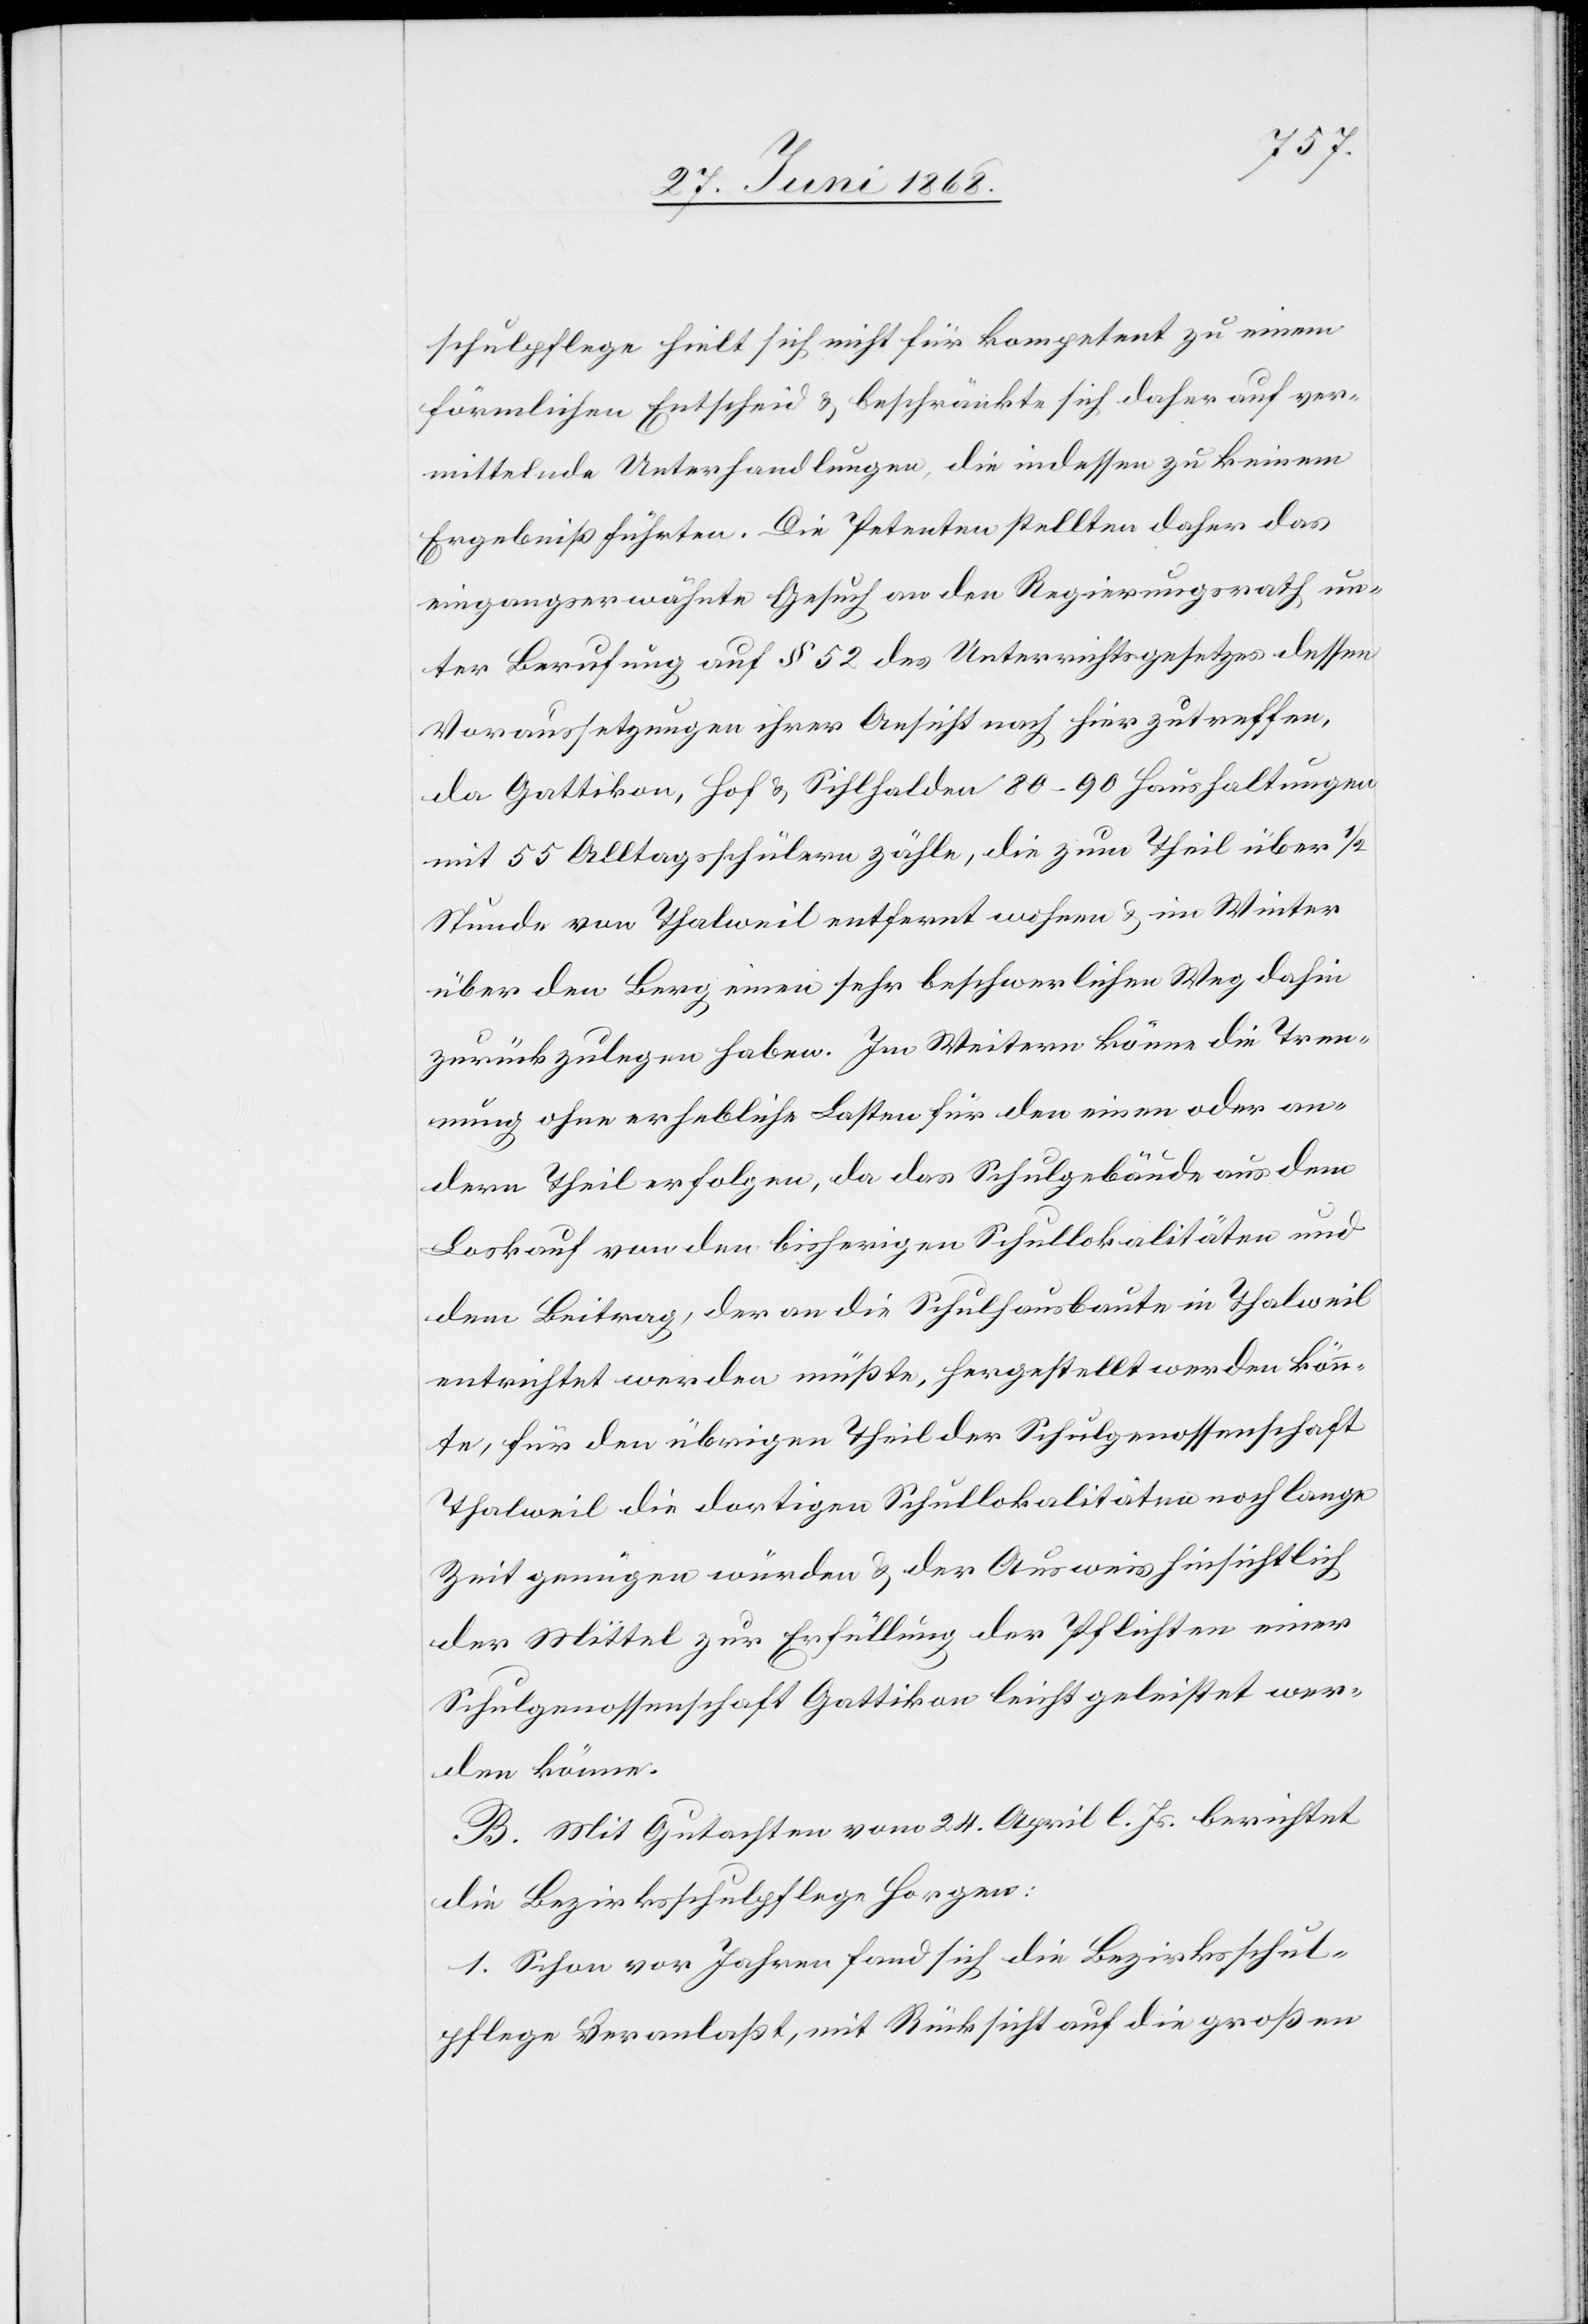
schulpflege hielt sich nicht für kompetent zu einem
förmlichen Entscheid & beschränkte sich daher auf ver¬
mittelnde Unterhandlungen, die indessen zu keinem
Ergebniß führten. Die Petenten stellten daher das
eingangserwähnte Gesuch an den Regierungsrath un¬
ter Berufung auf § 52 des Unterrichtsgesetzes dessen
Voraussetzungen ihrer Ansicht nach hier zutreffen,
da Gattikon, Hof & Sihlhalden 80–90 Haushaltungen
mit 55 Alltagsschülern zähle, die zum Theil über 1/2
Stunde von Thalweil entfernt wohnen & im Winter
über den Berg einen sehr beschwerlichen Weg dahin
zurückzulegen haben. Im Weitern könne die Tren¬
nung ohne erhebliche Lasten für den einen oder an¬
dern Theil erfolgen, da das Schulgebäude aus dem
Loskauf von den bisherigen Schullokalitäten und
dem Beitrag, der an die Schulhausbaute in Thalweil
entrichtet werden müßte, hergestellt werden könn¬
te, für den übrigen Theil der Schulgenossenschaft
Thalweil die dortigen Schullokalitäten noch lange
Zeit genügen würden & der Ausweis hinsichtlich
der Mittel zur Erfüllung der Pflichten einer
Schulgenossenschaft Gattikon leicht geleistet wer¬
den könne.
B. Mit Gutachten vom 24. April l. Js. berichtet
die Bezirksschulpflege Horgen:
1. Schon vor Jahren fand sich die Bezirksschul¬
pflege veranlaßt, mit Rücksicht auf die großen